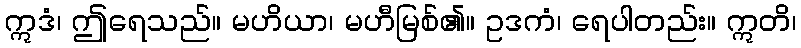
ဣဒံ၊ ဤရေသည်။ မဟိယာ၊ မဟီမြစ်၏။ ဥဒကံ၊ ရေပါတည်း။ ဣတိ၊